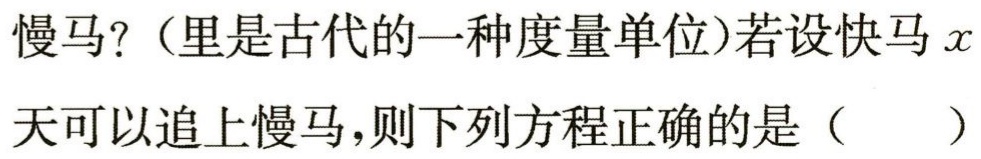
慢马?（里是古代的一种度量单位)若设快马\(x\)天可以追上慢马,则下列方程正确的是（  ）